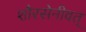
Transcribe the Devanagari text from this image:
शौरसेनीवत्